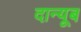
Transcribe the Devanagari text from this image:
दान्यूब